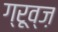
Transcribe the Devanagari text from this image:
ग्रूव्ज़